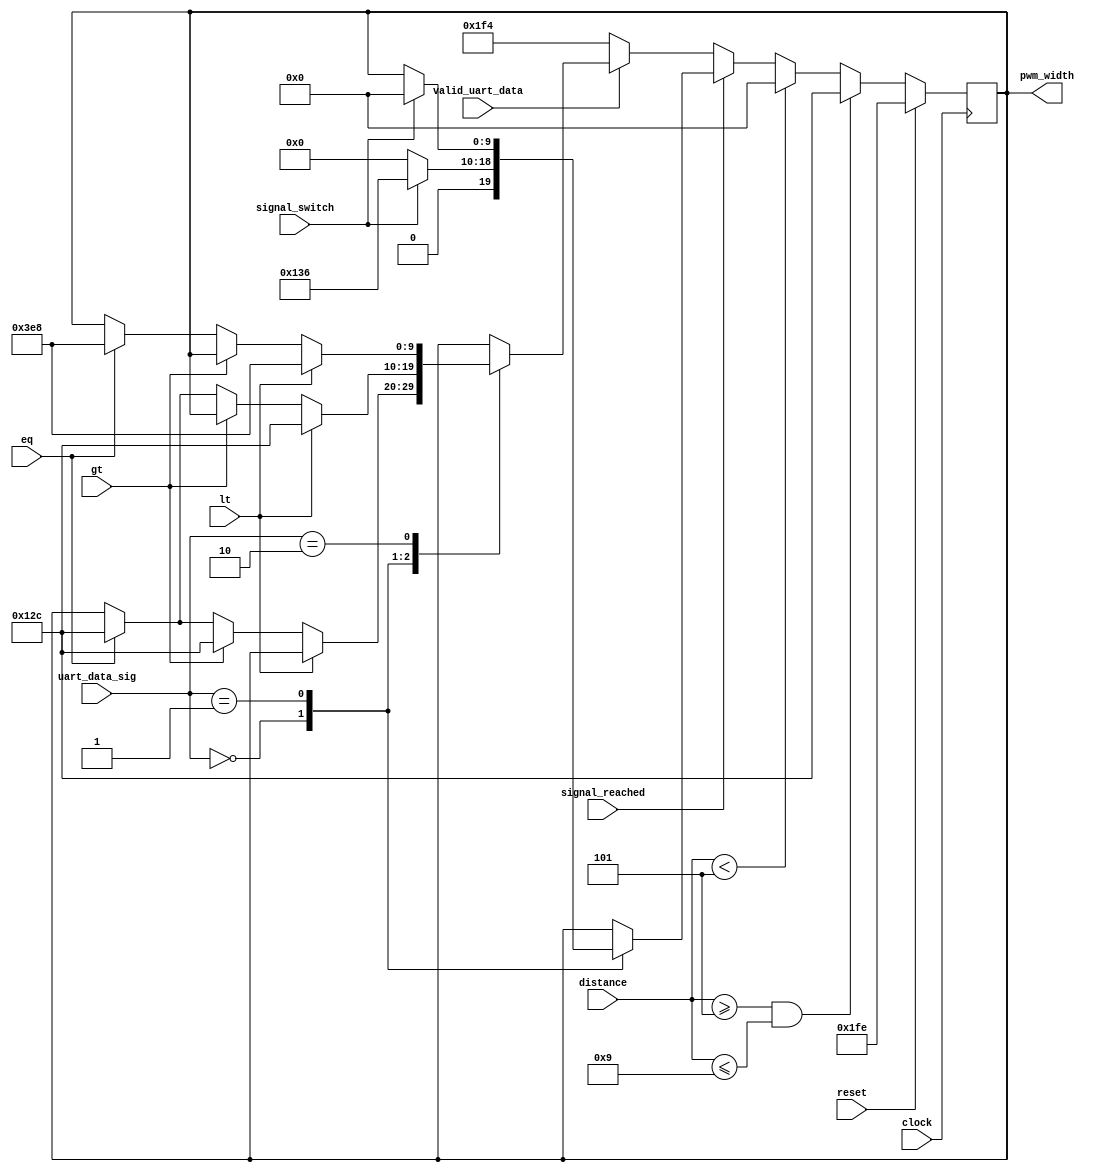
`timescale 1ns / 1ps
//////////////////////////////////////////////////////////////////////////////////
// Company: 
// Engineer: 
// 
// Design Name: 
// Module Name:    motor_cntrl 
// Project Name: 
// Target Devices: 
// Tool versions: 
// Description: 
//
// Dependencies: 
//
// Revision: 
// Revision 0.01 - File Created
// Additional Comments: 
//
//////////////////////////////////////////////////////////////////////////////////
module motor_control(pwm_width,valid_uart_data,uart_data_sig,signal_reached,signal_switch,distance,lt,gt,eq,clock,reset);
  input clock,reset;
  input lt,gt,eq;
  input valid_uart_data;
  input signal_reached,signal_switch;
  input [1:0] uart_data_sig;
  input [7:0] distance;
  output reg [9:0] pwm_width;
  parameter RED = 2'b00, YELLOW = 2'b01, GREEN = 2'b10;
  
  always @(posedge clock)
  begin
    if(reset)
      begin
        pwm_width <= 10'd510; //initially move with 50% 
      end
	 else if((distance>=8'd5)&&(distance<=8'd9))
	   begin
		  pwm_width <= 10'd300; //Slow down
		end
    else if(distance<8'd5)
	   begin
		  pwm_width <= 10'd0; //STOP
		end	
	 else if(signal_reached==1'b1)
	   begin
		  case(uart_data_sig)
		  RED:
		  begin
		    if(signal_switch!=1'b1)
		      pwm_width <= 10'd0; //STOP
			 else
			   pwm_width <= 10'd310; //Start the vehicle as signal will now change to green
		  end
		  YELLOW:
		    if(signal_switch!=1'b1)
		      pwm_width <= pwm_width;
			 else
			   pwm_width <= 10'd0;
		  GREEN:
		    pwm_width <= pwm_width; //No Change
		  endcase 
		end
    else if (valid_uart_data)
     begin
		case(uart_data_sig)
		RED:
		  begin
        if(lt)
          begin
            pwm_width <= pwm_width; //No Change
          end
        else if(gt)
          begin
            pwm_width <= 10'd300;  //Slow
          end
        else if(eq)
          begin
            pwm_width <= 10'd300;  //Slow
          end
        else
          begin
            pwm_width <= pwm_width;
          end
		  end
		YELLOW:
		  begin
        if(lt)
          begin
            pwm_width <= 10'd300; //Slow
          end
        else if(gt)
          begin
            pwm_width <= pwm_width; //No Change 
          end
        else if(eq)
          begin
            pwm_width <= 10'd300; //Slow
          end
        else
          begin
            pwm_width <= pwm_width;
          end
			 end
		GREEN:
		  begin
        if(lt)
          begin
            pwm_width <= 10'd1000; //Fast
          end
        else if(gt)
          begin
            pwm_width <= pwm_width; //No change
          end
        else if(eq)
          begin
            pwm_width <= 10'd1000; //Fast
          end
        else
          begin
            pwm_width <= pwm_width;
          end
	     end
		default:
		  begin
		    pwm_width <= pwm_width;
		  end
		endcase
	   end
		else
		begin
		  pwm_width <= 10'd500;
      end
  end
  
endmodule